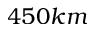
4 5 0 k m